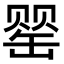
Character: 罂